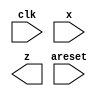
module top_module (
    input clk,
    input areset,
    input x,
    output z
); 

endmodule